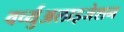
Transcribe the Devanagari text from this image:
वर्च्युअलाइजेशन